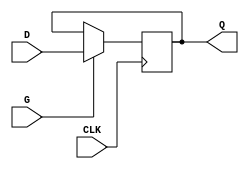
module edge_triggered_gated_latch (
    input wire D,     // Data Input
    input wire CLK,   // Clock Input
    input wire G,     // Gate/Enable Signal
    output reg Q      // Output
);

    // Always block that triggers on the clock edge
    always @(posedge CLK) begin
        if (G) begin
            Q <= D;    // Capture the input when G is high
        end
        // If G is low, Q retains its previous value
    end

endmodule